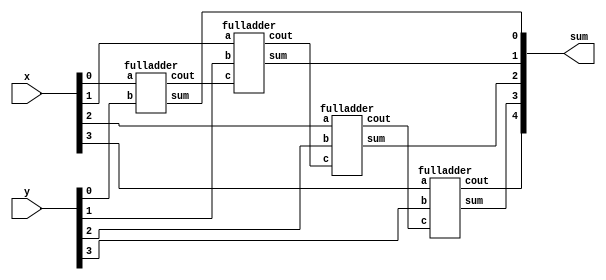
module top_module (
    input [3:0] x,
    input [3:0] y, 
    output [4:0] sum);
    wire c1,c2,c3;
       
    fulladder fa0( .a(x[0]), .b(y[0]),.sum(sum[0]),.cout(c1));
    fulladder fa1( .a(x[1]), .b(y[1]),.c(c1),.sum(sum[1]),.cout(c2));
    fulladder fa2( .a(x[2]), .b(y[2]),.c(c2),.sum(sum[2]),.cout(c3));
    fulladder fa3( .a(x[3]), .b(y[3]),.c(c3),.sum(sum[3]),.cout(sum[4]));
    
    
endmodule

module fulladder(input a,input b,input c, output sum, output cout);
    assign sum=a^b^c;
    assign cout=a*b|b*c|c&a;
endmodule